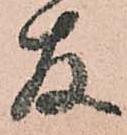
存